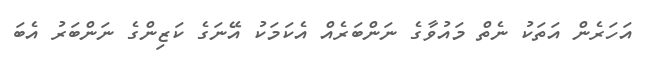
އަހަރެން އަތަކު ނެތް މައުވާގެ ނަންބަރެއް އެކަމަކު އޭނަގެ ކަޒިންގެ ނަންބަރު އެބަ